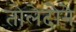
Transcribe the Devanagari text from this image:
तोलेदोने